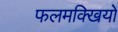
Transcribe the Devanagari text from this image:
फलमक्खियों